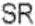
SR